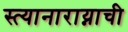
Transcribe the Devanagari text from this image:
स्त्यानाराय्नाची